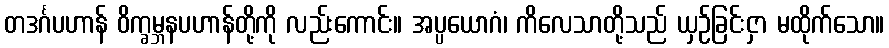
တဒင်္ဂပဟာန် ဝိက္ခမ္ဘနပဟာန်တို့ကို လည်းကောင်း။ အပ္ပယောဂံ၊ ကိလေသာတို့သည် ယှဉ်ခြင်းငှာ မထိုက်သော။